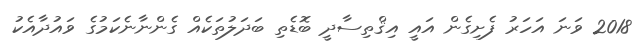
2018 ވަނަ އަހަރު ފެށިގެން އައީ އިޤްތިސާދީ ބޮޑެތި ބަދަލުތަކެއް ގެންނާނެކަމުގެ ވައުދާއެކު